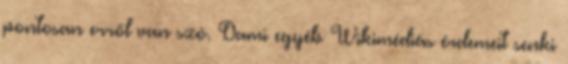
pontosan erről van szó. Dami egyéb Wikimédiás érdemeit senki